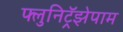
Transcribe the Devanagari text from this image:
फ्लुनिट्रॅझेपाम